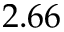
2 . 6 6